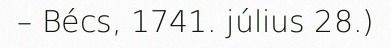
– Bécs, 1741. július 28.)